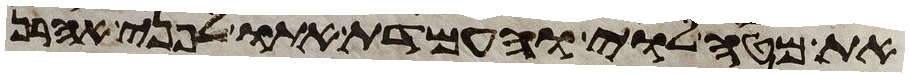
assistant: את מטה לוי והעמדת אתו לפני אהרן